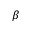
\beta